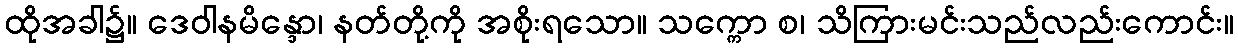
ထိုအခါ၌။ ဒေဝါနမိန္ဒော၊ နတ်တို့ကို အစိုးရသော။ သက္ကော စ၊ သိကြားမင်းသည်လည်းကောင်း။